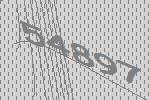
54897